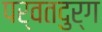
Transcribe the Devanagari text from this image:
पर्वतदुर्ग